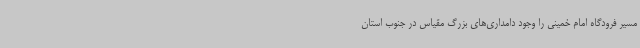
مسیر فرودگاه امام خمینی را وجود دامداری‌های بزرگ مقیاس در جنوب استان